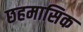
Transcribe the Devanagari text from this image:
छहमासिक